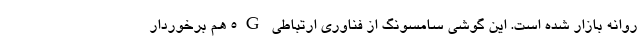
روانه بازار شده است. این گوشی سامسونگ از فناوری ارتباطی 5G هم برخوردار